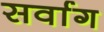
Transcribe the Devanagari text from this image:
सर्वाग